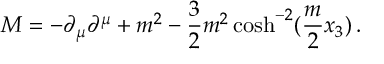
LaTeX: M = - \partial _ { \mu } \partial ^ { \mu } + m ^ { 2 } - \frac { 3 } { 2 } m ^ { 2 } \cosh ^ { - 2 } ( \frac { m } { 2 } x _ { 3 } ) \, .